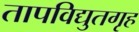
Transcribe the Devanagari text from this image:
तापविद्युतगृह